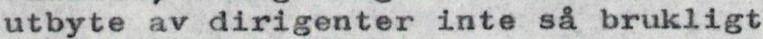
utbyte av dirigenter inte så brukligt